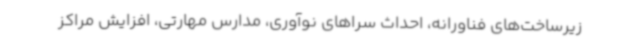
زیرساخت‌های فناورانه، احداث سراهای نوآوری، مدارس مهارتی، افزایش مراکز